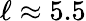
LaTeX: \ell\approx 5.5